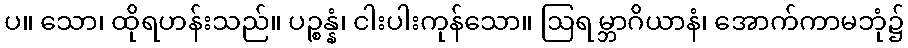
ပ။ သော၊ ထိုရဟန်းသည်။ ပဉ္စန္နံ၊ ငါးပါးကုန်သော။ ဩရမ္ဘာဂိယာနံ၊ အောက်ကာမဘုံ၌